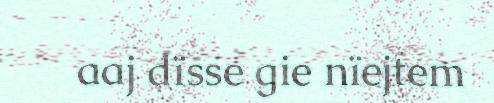
aaj dïsse gie nïejtem